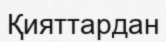
Қияттардан